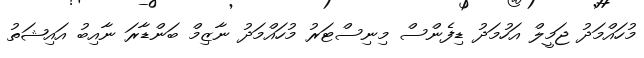
މުހައްމަދު ޖަމީލް އަހުމަދު ޑިފެންސް މިނިސްޓަރު މުހައްމަދު ނާޒިމް ބަންޑާރަ ނާއިބު އައިޝަތު